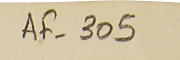
AF-305